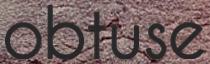
obtuse